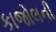
કાજોલની